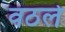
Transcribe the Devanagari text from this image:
वठले